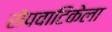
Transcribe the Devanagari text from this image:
रोपवाटिकेला